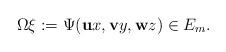
LaTeX: \begin{align*} \Omega\xi:=\Psi(\mathbf{u}x,\mathbf{v}y,\mathbf{w}z)\in E_m.\end{align*}